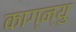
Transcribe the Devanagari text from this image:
काग्न्यु